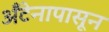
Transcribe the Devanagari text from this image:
अँटेनापासून